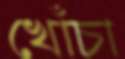
খোঁচা